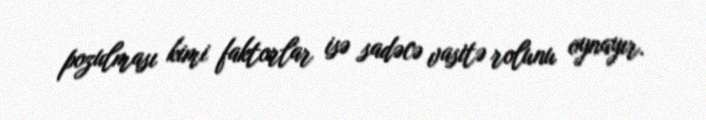
pozulması kimi faktorlar isə sadəcə vasitə rolunu oynayır.